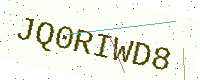
Text: JQ0RIWD8